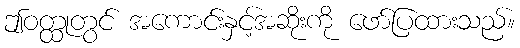
ဤဝတ္ထုတွင် အကောင်းနှင့်အဆိုးကို ဖော်ပြထားသည်။